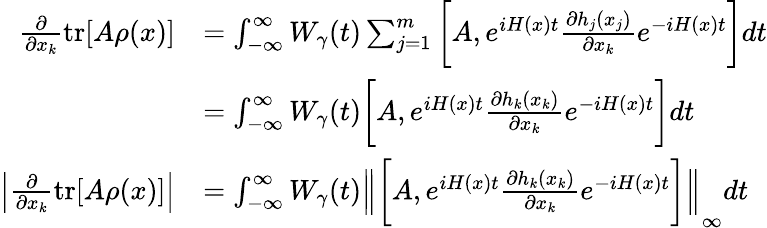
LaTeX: \begin{array}{rl}{\frac{\partial}{\partial x_{k}}\operatorname{tr}[A\rho(x)]}&{=\int_{-\infty}^{\infty}W_{\gamma}(t)\sum_{j=1}^{m}\bigg[A,e^{iH(x)t}\frac{\partial h_{j}(x_{j})}{\partial x_{k}}e^{-iH(x)t}\bigg]dt}\\ &{=\int_{-\infty}^{\infty}W_{\gamma}(t)\bigg[A,e^{iH(x)t}\frac{\partial h_{k}(x_{k})}{\partial x_{k}}e^{-iH(x)t}\bigg]dt}\\ {\left|\frac{\partial}{\partial x_{k}}\operatorname{tr}[A\rho(x)]\right|}&{=\int_{-\infty}^{\infty}W_{\gamma}(t)\left\lVert\bigg[A,e^{iH(x)t}\frac{\partial h_{k}(x_{k})}{\partial x_{k}}e^{-iH(x)t}\bigg]\right\rVert_{\infty}dt}\end{array}